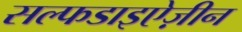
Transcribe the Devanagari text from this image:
सल्फडाइऐज़ीन